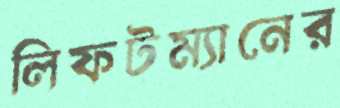
লিফটম্যানের